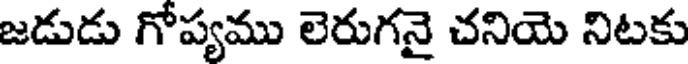
జడుడు గోప్యము లెరుగనై చనియె నిటకు